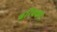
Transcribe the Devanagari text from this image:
बरिक्को